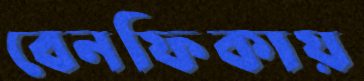
বেনফিকায়